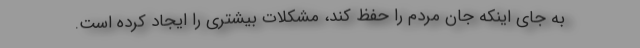
به جای اینکه جان مردم را حفظ کند، مشکلات بیشتری را ایجاد کرده است.